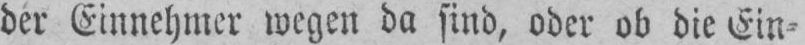
der Einnehmer wegen da sind, oder ob die Ein⸗